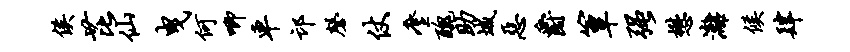
侯芘仙曳何唧车邙磬仗麈丑助城恶爵簟强懋漓候肆